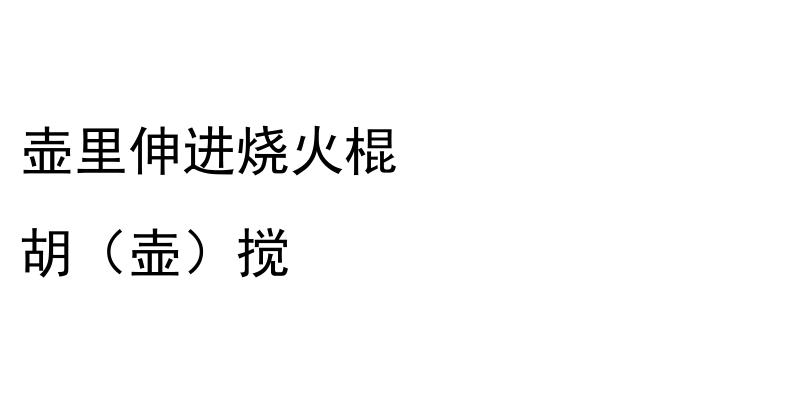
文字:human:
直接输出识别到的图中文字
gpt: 壶里伸进烧火棍 胡（壶）搅